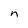
Character: n